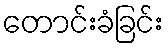
တောင်းခံခြင်း